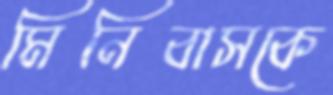
মিনিবাসকে